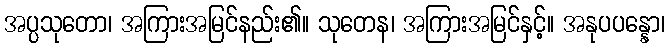
အပ္ပသုတော၊ အကြားအမြင်နည်း၏။ သုတေန၊ အကြားအမြင်နှင့်။ အနုပပန္နော၊